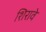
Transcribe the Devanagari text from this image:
शिरावे